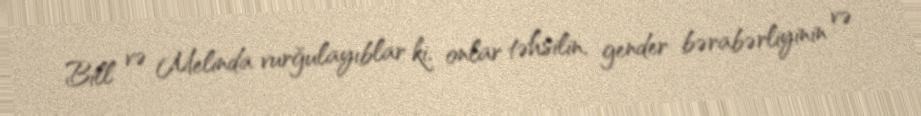
Bill və Melinda vurğulayıblar ki, onlar təhsilin, gender bərabərliyinin və